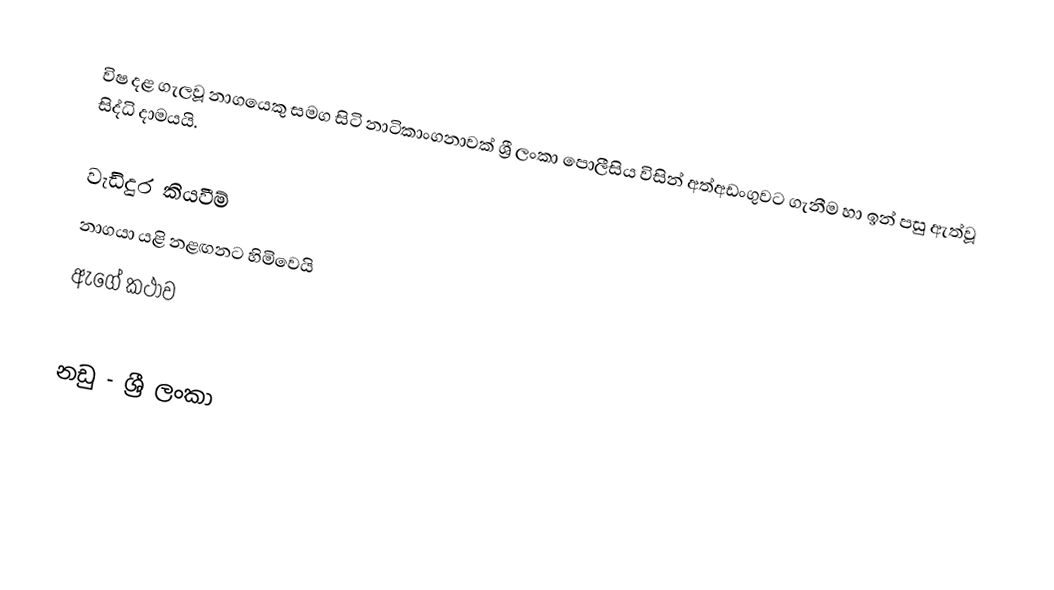
විෂ දළ ගැලවූ නාගයෙකු සමග සිටි නාටිකාංගනාවක් ශ්‍රී ලංකා පොලීසිය විසින් අත්අඩංගුවට ගැනීම හා ඉන් පසු ඇත්වූ සිද්ධි දාමයයි.

වැඩිදුර කියවීම්
 නාගයා යළි නළඟනට හිමිවෙයි
 ඇගේ කථාව

නඩු - ශ්‍රී ලංකා